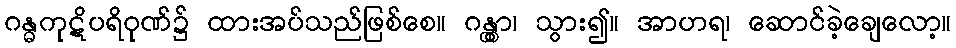
ဂန္ဓကုဋိပရိဝုဏ်၌ ထားအပ်သည်ဖြစ်စေ။ ဂန္တွာ၊ သွား၍။ အာဟရ၊ ဆောင်ခဲ့ချေလော့။